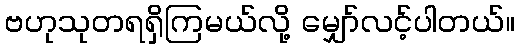
ဗဟုသုတရရှိကြမယ်လို့ မျှော်လင့်ပါတယ်။